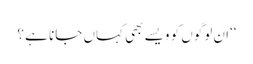
‘‘ان لوگوں کو ویسے بھی کہاں جانا ہے ؟